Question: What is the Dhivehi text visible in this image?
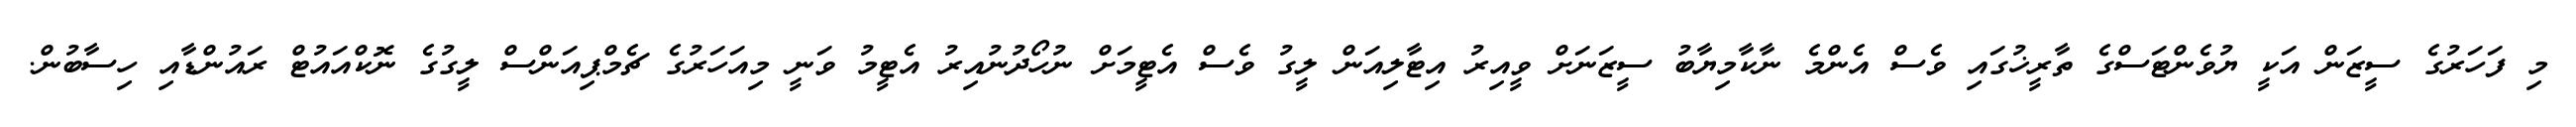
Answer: މި ފަހަރުގެ ސީޒަން އަކީ ޔުވެންޓަސްގެ ތާރީޚުގައި ވެސް އެންމެ ނާކާމިޔާބު ސީޒަނަށް ވީއިރު އިޓާލިއަން ލީގު ވެސް އެޓީމަށް ނުހޯދުނުއިރު އެޓީމު ވަނީ މިއަހަރުގެ ޗެމްޕިއަންސް ލީގުގެ ނޮކްއައުޓް ރައުންޑާއި ހިސާބުން.